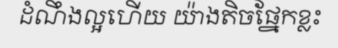
ដំណឹងល្អហើយ យ៉ាងតិចផ្នែកខ្លះ